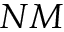
N M